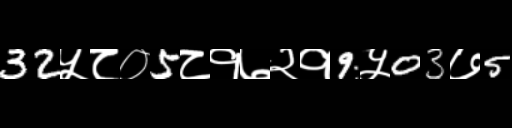
Text: 32५८०5८१७२१9५03७5